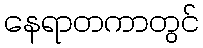
နေရာတကာတွင်